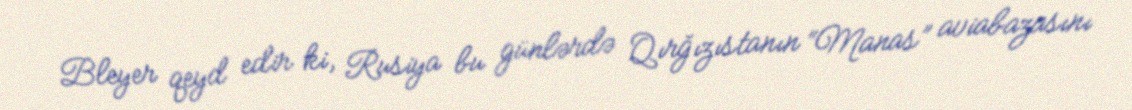
Bleyer qeyd edir ki, Rusiya bu günlərdə Qırğızıstanın “Manas” aviabazasını